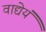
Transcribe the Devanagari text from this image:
वाद्येयं